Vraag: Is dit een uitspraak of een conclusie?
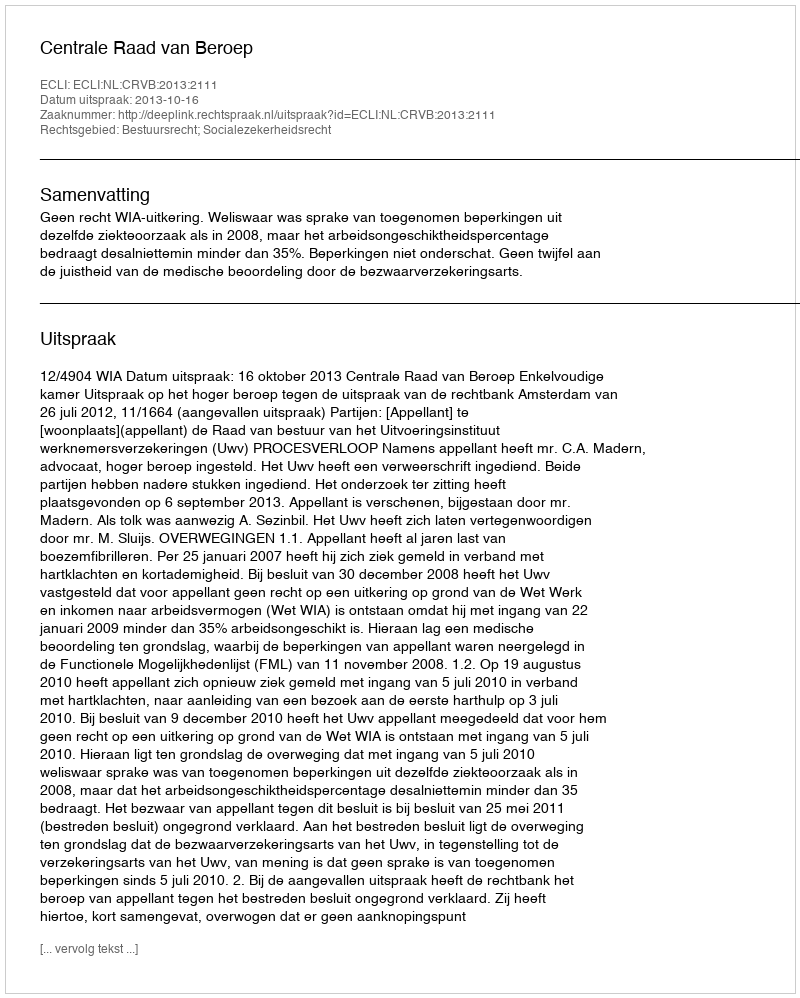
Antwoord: Uitspraak